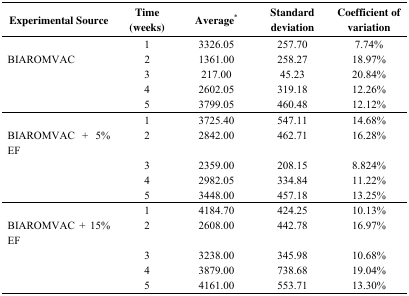
<table><thead><tr><td><b>Experimental Source</b></td><td><b>Time (weeks)</b></td><td><b>Average*</b></td><td><b>Standard deviation</b></td><td><b>Coefficient of variation</b></td></tr></thead><tbody><tr><td>[EMPTY_CELL]</td><td>1</td><td>3326.05</td><td>257.70</td><td>7.74%</td></tr><tr><td>BIAROMVAC</td><td>2</td><td>1361.00</td><td>258.27</td><td>18.97%</td></tr><tr><td>[EMPTY_CELL]</td><td>3</td><td>217.00</td><td>45.23</td><td>20.84%</td></tr><tr><td>[EMPTY_CELL]</td><td>4</td><td>2602.05</td><td>319.18</td><td>12.26%</td></tr><tr><td>[EMPTY_CELL]</td><td>5</td><td>3799.05</td><td>460.48</td><td>12.12%</td></tr><tr><td>[EMPTY_CELL]</td><td>1</td><td>3725.40</td><td>547.11</td><td>14.68%</td></tr><tr><td>BIAROMVAC + 5% EF</td><td>2</td><td>2842.00</td><td>462.71</td><td>16.28%</td></tr><tr><td>[EMPTY_CELL]</td><td>3</td><td>2359.00</td><td>208.15</td><td>8.824%</td></tr><tr><td>[EMPTY_CELL]</td><td>4</td><td>2982.05</td><td>334.84</td><td>11.22%</td></tr><tr><td>[EMPTY_CELL]</td><td>5</td><td>3448.00</td><td>457.18</td><td>13.25%</td></tr><tr><td>[EMPTY_CELL]</td><td>1</td><td>4184.70</td><td>424.25</td><td>10.13%</td></tr><tr><td>BIAROMVAC + 15% EF</td><td>2</td><td>2608.00</td><td>442.78</td><td>16.97%</td></tr><tr><td>[EMPTY_CELL]</td><td>3</td><td>3238.00</td><td>345.98</td><td>10.68%</td></tr><tr><td>[EMPTY_CELL]</td><td>4</td><td>3879.00</td><td>738.68</td><td>19.04%</td></tr><tr><td>[EMPTY_CELL]</td><td>5</td><td>4161.00</td><td>553.71</td><td>13.30%</td></tr></tbody></table>